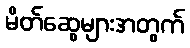
မိတ်ဆွေများအတွက်